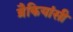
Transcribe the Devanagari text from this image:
ब्रैकियांसी